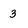
Character: 3